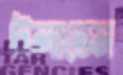
টলাতেম